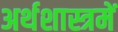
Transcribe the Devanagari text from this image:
अर्थशास्त्रमें